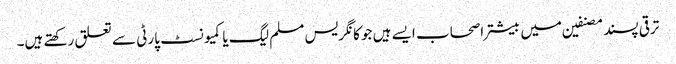
ترقی پسند مصنفین میں بیشتر اصحاب ایسے ہیں جو کانگریس مسلم لیگ یا کمیونسٹ پارٹی سے تعلق رکھتے ہیں۔